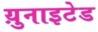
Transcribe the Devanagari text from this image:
य़ुनाइटेड